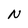
Character: N